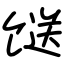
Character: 𩠌